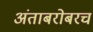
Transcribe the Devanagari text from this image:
अंताबरोबरच